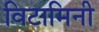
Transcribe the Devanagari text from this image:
विटामिनी